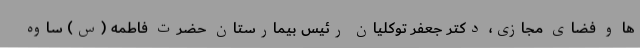
ها و فضای مجازی، دکتر جعفر توکلیان رئیس بیمارستان حضرت فاطمه (س) ساوه